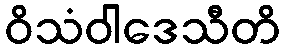
ဝိသံဝါဒေသီတိ